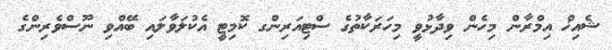
ޝެއިޚް އިމްރާން މިހެން ވިދާޅުވީ މިހަރަކާތުގެ ސްޓިއަރިންގ ކޮމިޓީ އެކުލަވާލައި ބޭއްވި ނޫސްވެރިންގެ